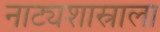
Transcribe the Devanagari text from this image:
नाट्यशास्राला